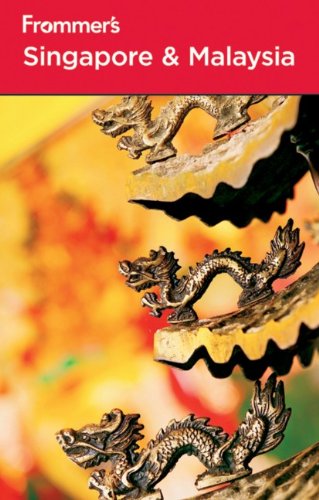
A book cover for Frommer's Singapore and Malaysia (Frommer's Complete Guides); Jennifer Eveland; Travel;